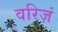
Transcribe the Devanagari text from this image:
वरिज़ं